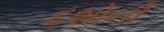
દશોની